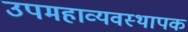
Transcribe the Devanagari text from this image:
उपमहाव्यवस्थापक